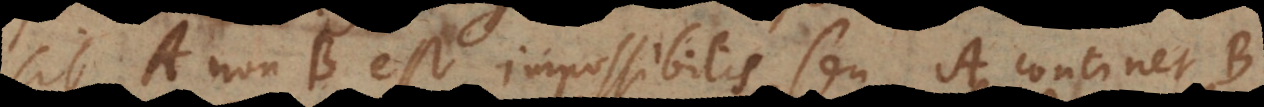
sit A non‐B est impossibilis seu A continet B.